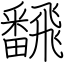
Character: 飜